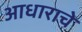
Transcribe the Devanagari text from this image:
आधाराचे